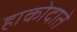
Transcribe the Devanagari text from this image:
हाकोदाते